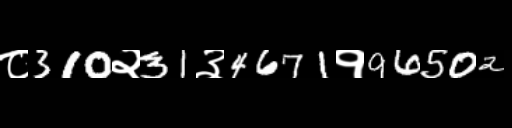
Text: ८310२31३4671१96502